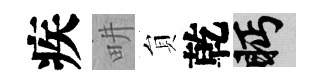
疾畊貟乾眄